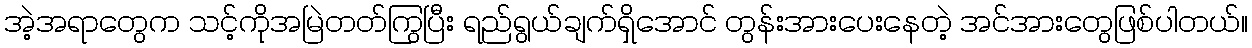
အဲ့အရာတွေက သင့်ကိုအမြဲတတ်ကြွပြီး ရည်ရွယ်ချက်ရှိအောင် တွန်းအားပေးနေတဲ့ အင်အားတွေဖြစ်ပါတယ်။